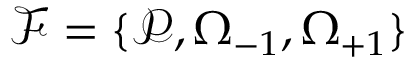
\mathcal { F } = \{ \mathcal { P } , \Omega _ { - 1 } , \Omega _ { + 1 } \}